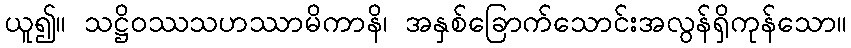
ယူ၍။ သဋ္ဌိဝဿသဟဿာမိကာနိ၊ အနှစ်ခြောက်သောင်းအလွန်ရှိကုန်သော။